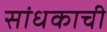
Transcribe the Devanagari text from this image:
सांधकाची